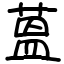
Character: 蒕